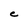
Character: C